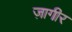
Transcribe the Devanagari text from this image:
ज़ागीर